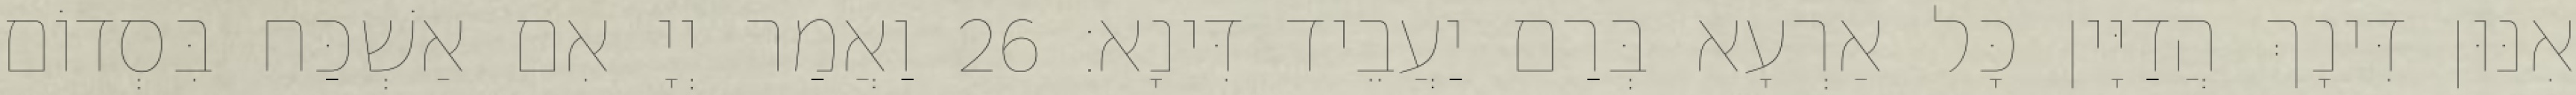
אִנּוּן דִּינָךְ הֲדַיָּין כָּל אַרְעָא בְּרַם יַעֲבֵיד דִּינָא׃ 26 וַאֲמַר יְיָ אִם אַשְׁכַּח בִּסְדוֹם